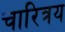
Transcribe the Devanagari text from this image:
चारित्रय